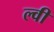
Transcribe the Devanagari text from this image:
ल्वी